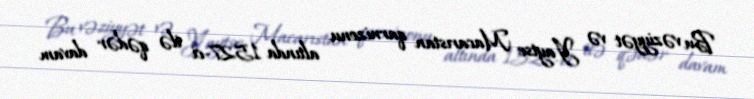
Bu vəziyyət və Yaytse Macarıstan qarnizonu altında 1527-ci ilə qədər davam